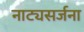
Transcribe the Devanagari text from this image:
नाट्यसर्जना